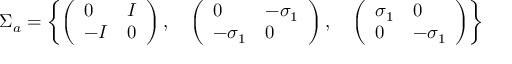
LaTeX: \Sigma _ { a } = \left\{ \left( \begin{array} { l l } { { 0 } } & { { I } } \\ { { - I } } & { { 0 } } \end{array} \right) , \quad \left( \begin{array} { l l } { { 0 } } & { { - \sigma _ { 1 } } } \\ { { - \sigma _ { 1 } } } & { { 0 } } \end{array} \right) , \quad \left( \begin{array} { l l } { { \sigma _ { 1 } } } & { { 0 } } \\ { { 0 } } & { { - \sigma _ { 1 } } } \end{array} \right) \right\}